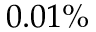
0 . 0 1 \%